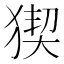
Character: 猰